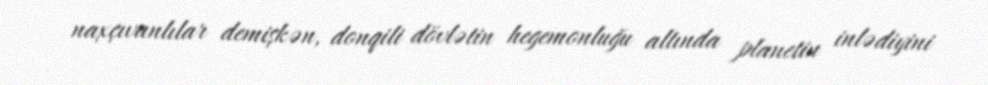
naxçıvanlılar demişkən, donqili dövlətin hegemonluğu altında planetin inlədiyini